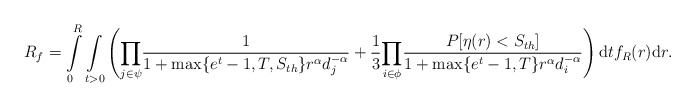
\begin{align*}R_f = \int\limits_{0}^{R}\underset{t>0}\int\left(\underset{j \in \psi}\prod\frac{1}{1+\max\{e^t-1,T,S_{th}\} r^\alpha d_j^{-\alpha}}+\frac{1}{3}\underset{i \in \phi}\prod\frac{P[\eta(r)<S_{th}]}{1+\max\{e^t-1,T\}r^\alpha d_i^{-\alpha}}\right)\mathrm{d}tf_R(r)\mathrm{d}r .\end{align*}